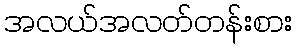
အလယ်အလတ်တန်းစား